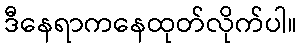
ဒီနေရာကနေထုတ်လိုက်ပါ။